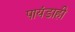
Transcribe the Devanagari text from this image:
पायंडाही